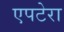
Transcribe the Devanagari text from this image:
एपटेरा